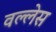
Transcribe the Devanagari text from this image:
वल्लेस